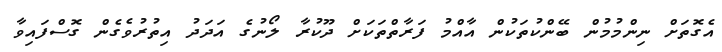
އެގޮތަށް ނިންމުމުން ބޭންކުތަކުން އާއްމު ފަރާތްތަކަށް ދޫކުރާ ލޯނުގެ އަދަދު އިތުރުވެގެން ގޮސްފައިވާ